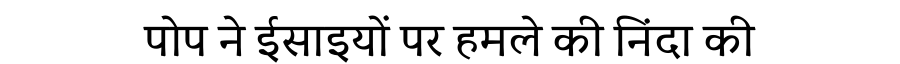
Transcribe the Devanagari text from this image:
पोप ने ईसाइयों पर हमले की निंदा की